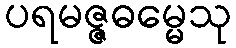
ပရမဇ္ဇဓမ္မေသု